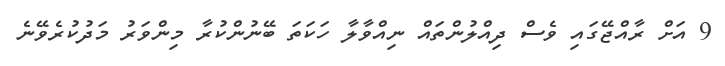
9 އަށް ރާއްޖޭގައި ވެސް ދިއްލުންތައް ނިއްވާލާ ހަކަތަ ބޭނުންކުރާ މިންވަރު މަދުކުރެވޭނެ